Annual report of the Prince of Wales Medical College, Patna
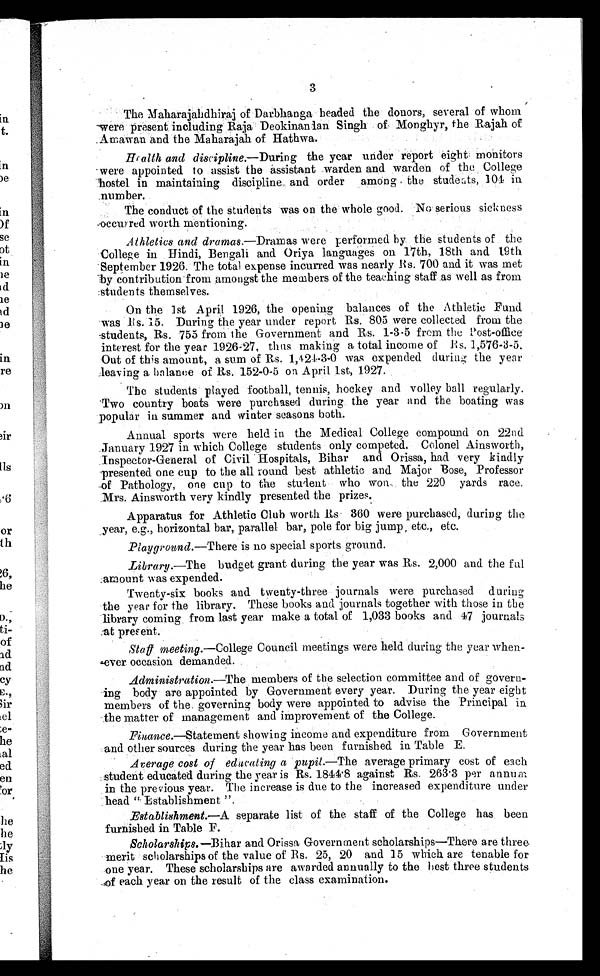
3
The Maharajahdhiraj of Darbhanga headed the donors, several of whom
were present including Raja Deokinandan Singh of, Monghyr, the Rajah of
Amawan and the Maharajah of Hathwa.
Halth and discipline .—During the year under report eight monitors
were appointed to assist the assistant warden and warden of the College
hostel in maintaining discipline and order among the students, 104 in
number.
The conduct of the students was on the whole good. No serious sickness
occurred worth mentioning.
Athletics and dramas .—Dramas were performed by the students of the
College in Hindi, Bengali and Oriya languages on 17th, 18th and 19th
September 1926: The total expense incurred was nearly Rs. 700 and it was met
by contribution from amongst the members of the teaching staff as well as from
students themselves.
On the 1st April 1926, the opening balances of the Athletic Fund
was Rs, 15. During the year under report Rs. 805 were collected from the
students, Rs. 755 from the Government and Rs. 1-3-5 from the Post-office
interest for the year 1926-27, thus making a total income of Rs. 1,576-3-5.
Out of this amount, a sum of Rs. 1,424-3-0 was expended during the year
leaving a balance of Rs. 152-0-5 on April 1st, 1927.
The students played football, tennis, hockey and volley ball regularly.
Two country boats were purchased during the year and the boating was
popular in summer and winter seasons both.
Annual sports were held in the Medical College compound on 22nd
January 1927 in which College students only competed. Colonel Ainsworth,
:Inspector-General of Civil Hospitals, Bihar and Orissa, had very kindly
presented one cup to the all round best athletic and Major Bose, Professor
of Pathology, one cup to the student who won the 220 yards race.
Mrs. Ainsworth very kindly presented the prizes.
Apparatus for Athletic Club worth Rs 360 were purchased, during the
year, e.g., horizontal bar, parallel bar, pole for big jump , etc., etc.
Playground .—There is no special sports ground.
Library .—The budget grant during the year was Rs. 2,000 and the ful
:amount was expended.
Twenty-six books and twenty-three journals were purchased during
the year for the library. These books and journals together with those in the
library coming . from last year make a total of 1,033 books and 47 journals
at present.
Staff meeting .—College Council meetings were held during the year when-
ever occasion demanded.
Administration .—The members of the selection committee and of govern
¬ing body are appointed by Government every year. During the year eight
members of the governing body were appointed to advise the Principal in
the matter of management and improvement of the College.
Finance.—Statement showing income and expenditure from Government
and other sources during the year has been furnished in Table E.
Average cost of educating a pupil .—The average primary cost of each
student educated during the year is Rs. 1844.8 against Rs. 263.3 per annual
in the previous year. The increase is due to the increased expenditure under
head " Establishment ".
Establishment.—A separate list of the staff of the College has been
furnished in Table F.
Scholarships.—Bihar and Orissa Government scholarships—There are three
merit scholarships of the value of Rs. 25, 20 and 15 which are tenable for
one year. These scholarships are awarded annually to the best three students
of each year on the result of the class examination.